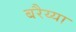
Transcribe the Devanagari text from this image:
बरैय्या